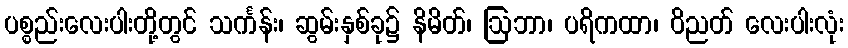
ပစ္စည်းလေးပါးတို့တွင် သင်္ကန်း၊ ဆွမ်းနှစ်ခု၌ နိမိတ်၊ ဩဘာ၊ ပရိကထာ၊ ဝိညတ် လေးပါးလုံး